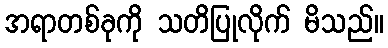
အရာတစ်ခုကို သတိပြုလိုက် မိသည်။